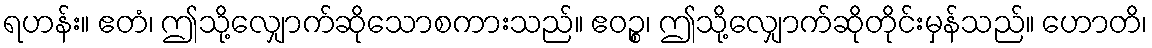
ရဟန်း။ ဧတံ၊ ဤသို့လျှောက်ဆိုသောစကားသည်။ ဧဝဉ္စ၊ ဤသို့လျှောက်ဆိုတိုင်းမှန်သည်။ ဟောတိ၊